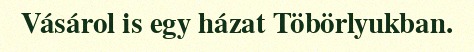
Vásárol is egy házat Töbörlyukban.